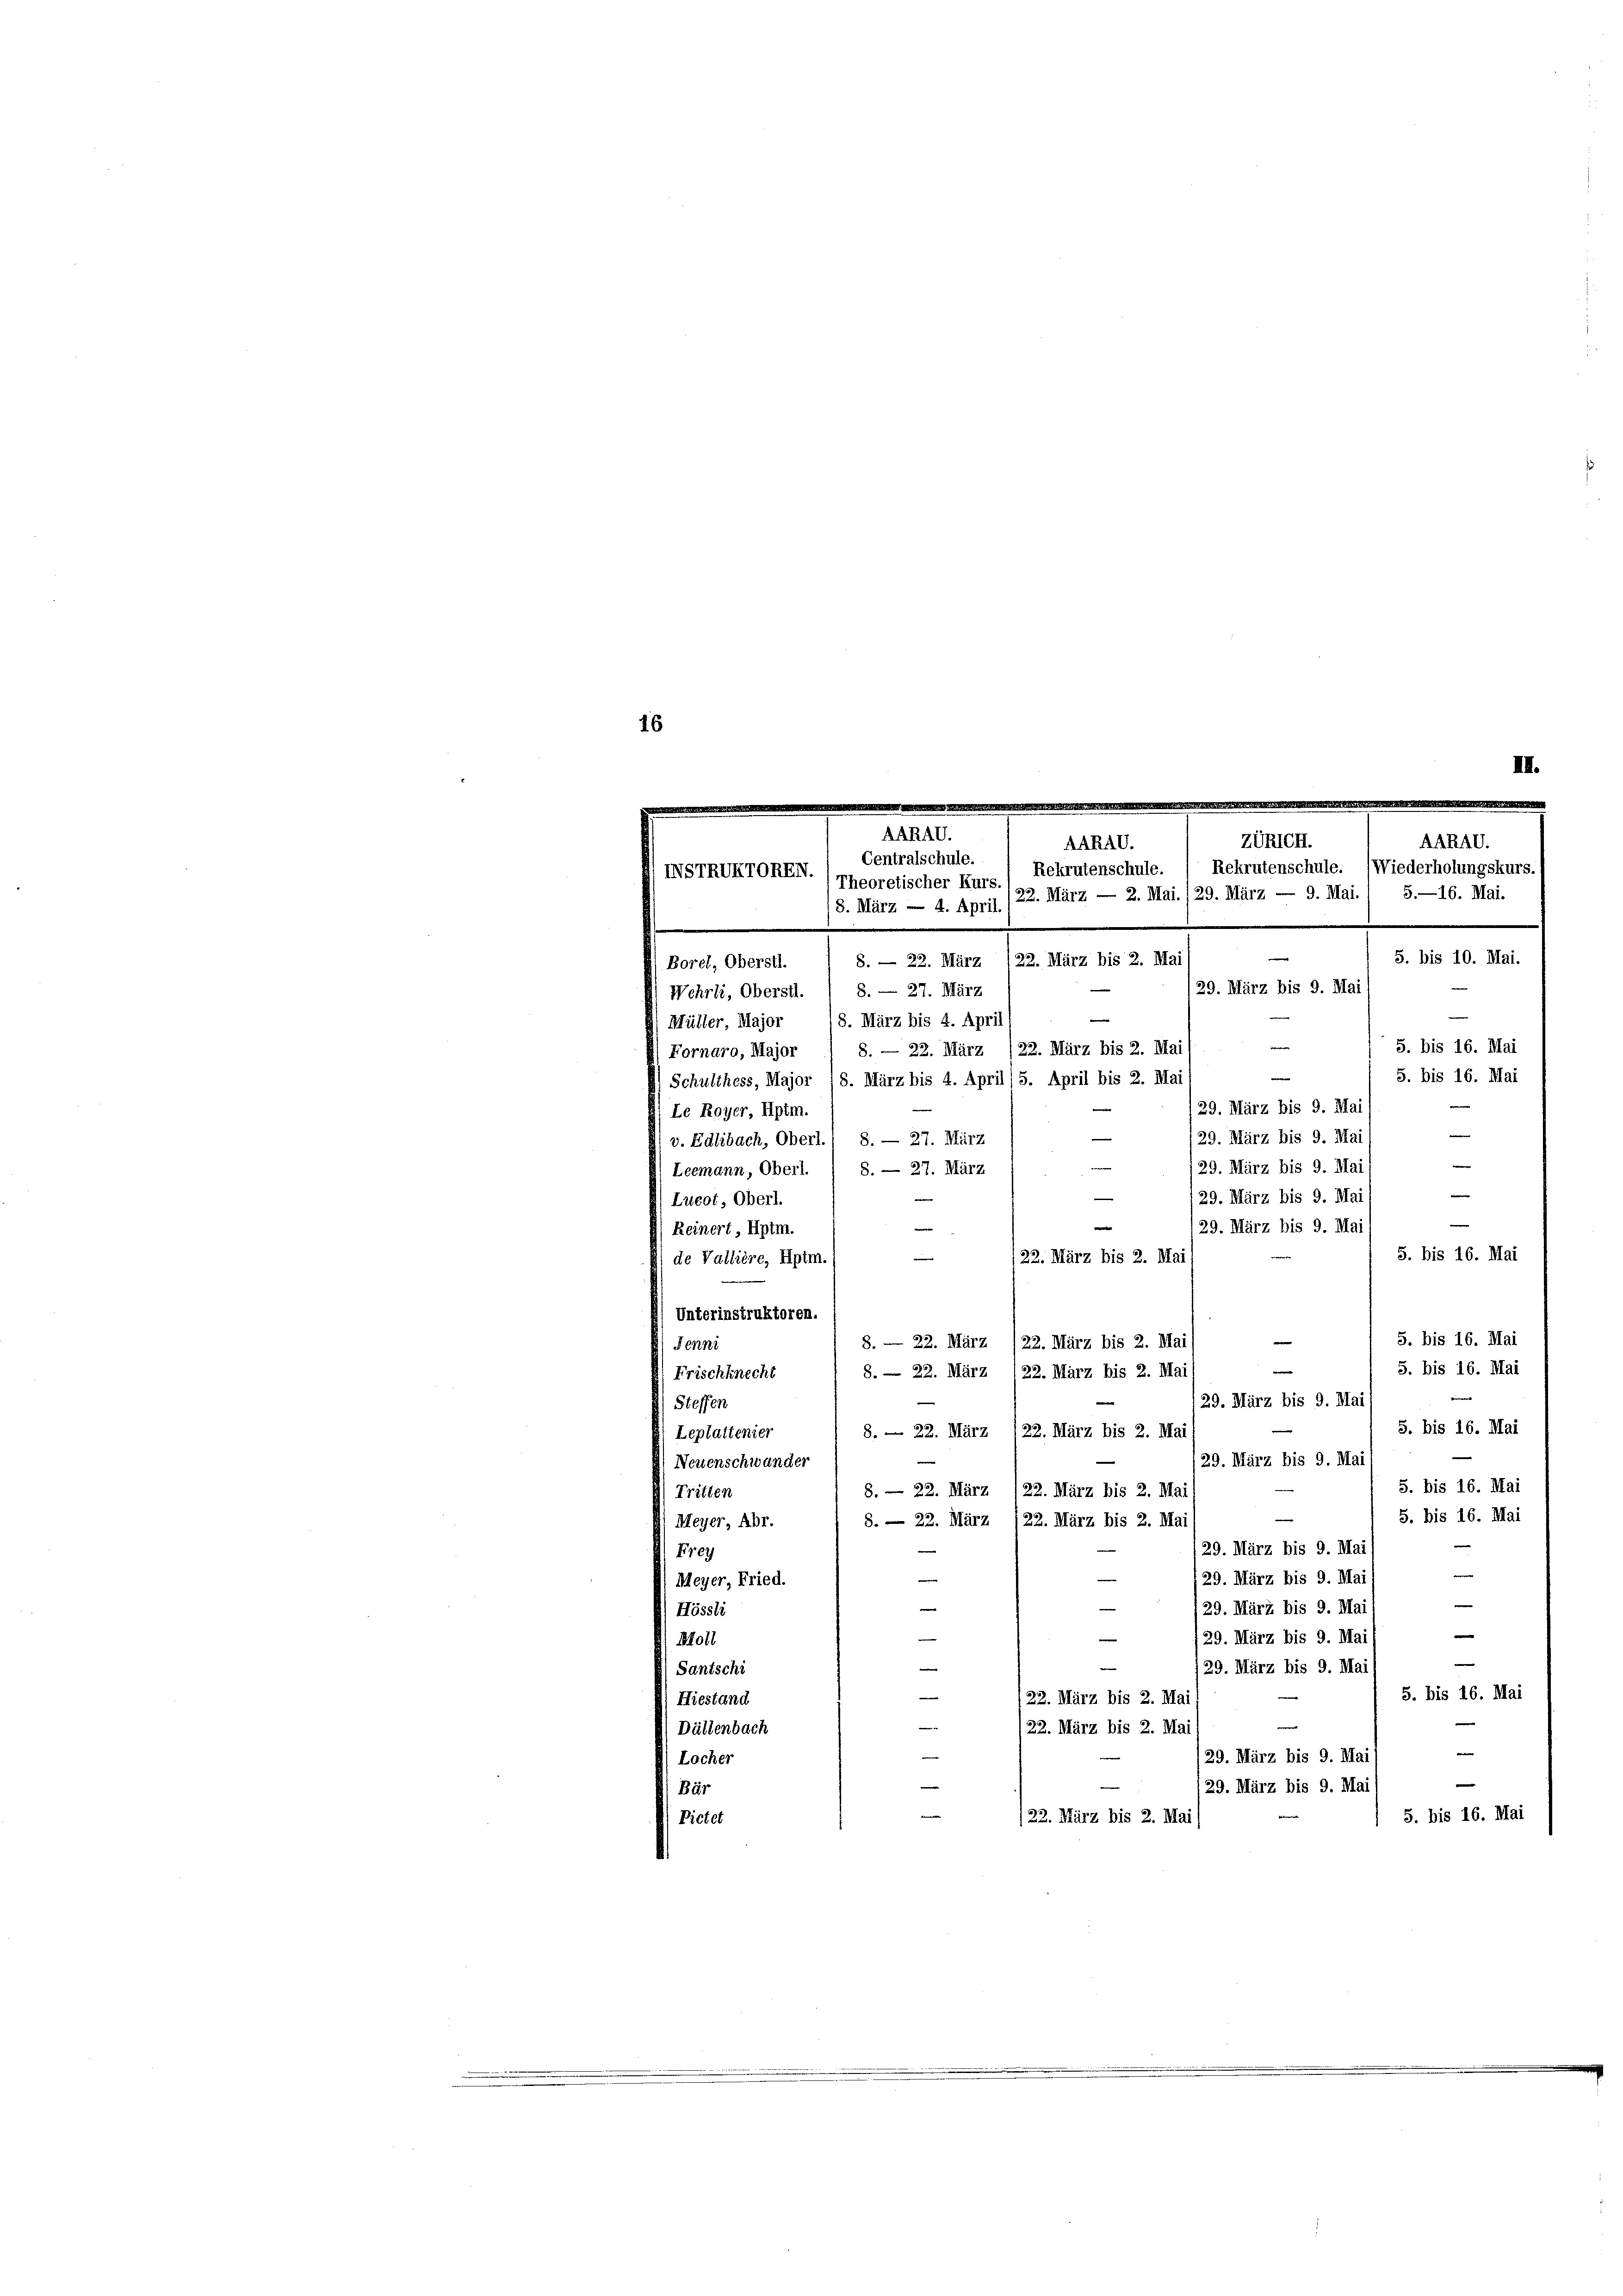
16

Le Royer, Hptm.
Lucot, Oberl.
Reinert, Hptm.
de Vallière, Hptm.
Unterinstruktoren.
Jenni
Frischknecht
Steffen
Leplattenier
Neuenschwander
Tritten
Meyer, Abr.
Frey
Meyer, Fried.
Hössli

Borel, Oberstl.

chi
nd
nbach

TRIKTOREI. (Theoretischer Kurs.

Wehrli, Obersil. 1 8. — 27. März
Müller, Major 18. März bis 4. April

8. — 22. März 122. März bis 2. Mai

.

AARAG.
AARAV.
AARAG.
Centralschule.
Wiederholungskurs.
Rekrutenschule. ( Rekrutenschule.
/22. März — 2. Mai./29. März — 9. Mai. 1 5.—16. Mai.
|
29. März bis 9. Mai
—
5. bis 16. Mai
Fornaro, Major 1 8. — 22. März /22. März bis 2. Mai
e
5. bis 16. Mai
Schulthess, Major 8. März bis 4. April (5. April bis 2. Mai
e
129. März bis 9. Mai
e
29. März bis 9. Mai
v. Edlibach, Oberl./ 8. — 27. März
e
29. März bis 9. Mai
Leemann, Oberl. ( 8. — 27. März
e
s
29. März bis 9. Mai
e
e
29. März bis 9. Mai
5. bis 16. Mai
22. März bis 2. Mai

5. bis 16. Mai
|
8. — 22. März /22. März bis 2. Mai
e
5. bis 16. Mai
29. März bis 9. Mai 1
S. bis 16. Mai
8.— 22. März 122. März bis 2. Mai
29. März bis 9. Mai
5. bis 16. Mai
8. — 22. März 122. März bis 2. Mai
5. bis 16. Mai
8. — 22. März (22. März bis 2. Ma
29. März bis 9. Mai
e
e
29. März bis 9. Maj

|
29. März bis 9. Mai
e
e
e
29. März bis 9. Ma
e
e
129. März bis 9. Ma
5. bis 16. Mai
122. März bis 2. Mai
/22. März bis 2. Mai
|
29. März bis 9. Mai
|
e
29. März bis 9. Mai
S. bis 16. Mai
122. März bis 2. Mai/

8. März — 4. April.

8. — 22. März 122. März bis 2. Mai

Zürich.

5. bis 10. Mai.